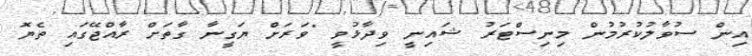
އިން ސުވާލުކުރުމުން މިނިސްޓަރު ޝައިނީ ވިދާޅުވީ "ވަރަށް ޔަގީނާ ގާތަށް ރާއްޖޭގައި ތެޔޮ